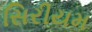
સિરીયમ